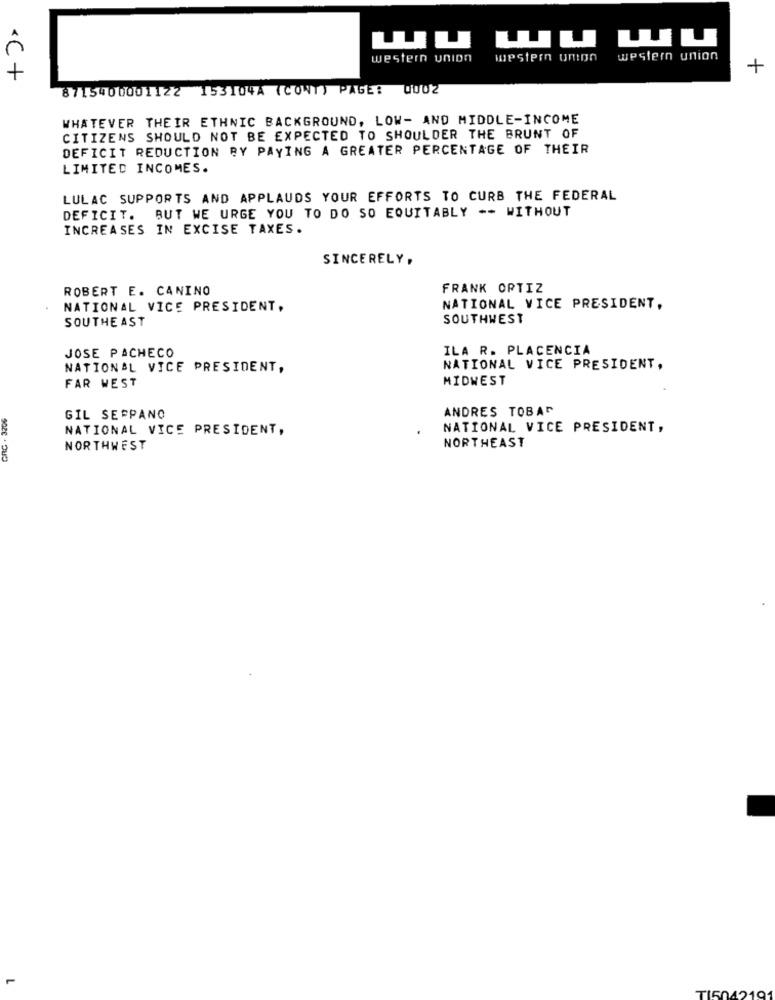
Wu
western union
western union
+
<C +
8715400001122 153104A (CONT) PAGE: 0002
WHATEVER THEIR ETHNIC BACKGROUND, LOW- AND MIDDLE-INCOME
CITIZENS SHOULD NOT BE EXPECTED TO SHOULDER THE BRUNT OF
DEFICIT REDUCTION BY PAYING A GREATER PERCENTAGE OF THEIR
LIMITED INCOMES.
LULAC SUPPORTS AND APPLAUDS YOUR EFFORTS TO CURB THE FEDERAL
DEFICIT.
BUT WE URGE YOU TO DO SO EQUITABLY -- WITHOUT
INCREASES IN EXCISE TAXES.
SINCERELY,
ROBERT E. CANINO
FRANK ORTIZ
NATIONAL VICE PRESIDENT,
NATIONAL VICE PRESIDENT,
SOUTHEAST
SOUTHWEST
ILA R. PLACENCIA
JOSE PACHECO
NATIONAL VICE PRESIDENT,
NATIONAL VICE PRESIDENT,
MIDWEST
FAR WEST
ANDRES TOBAR
GIL SEPPANO
NATIONAL VICE PRESIDENT,
NATIONAL VICE PRESIDENT,
GRC.
NORTHEAST
NORTHWEST
TI5042191